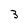
Character: 3